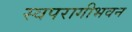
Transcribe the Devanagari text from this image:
स्वपरागीभवन